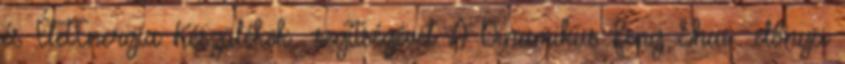
és ÉletEnergia Készülékek® segítségével A Dinamikus Feng Shui™ előnyei